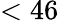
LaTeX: <46